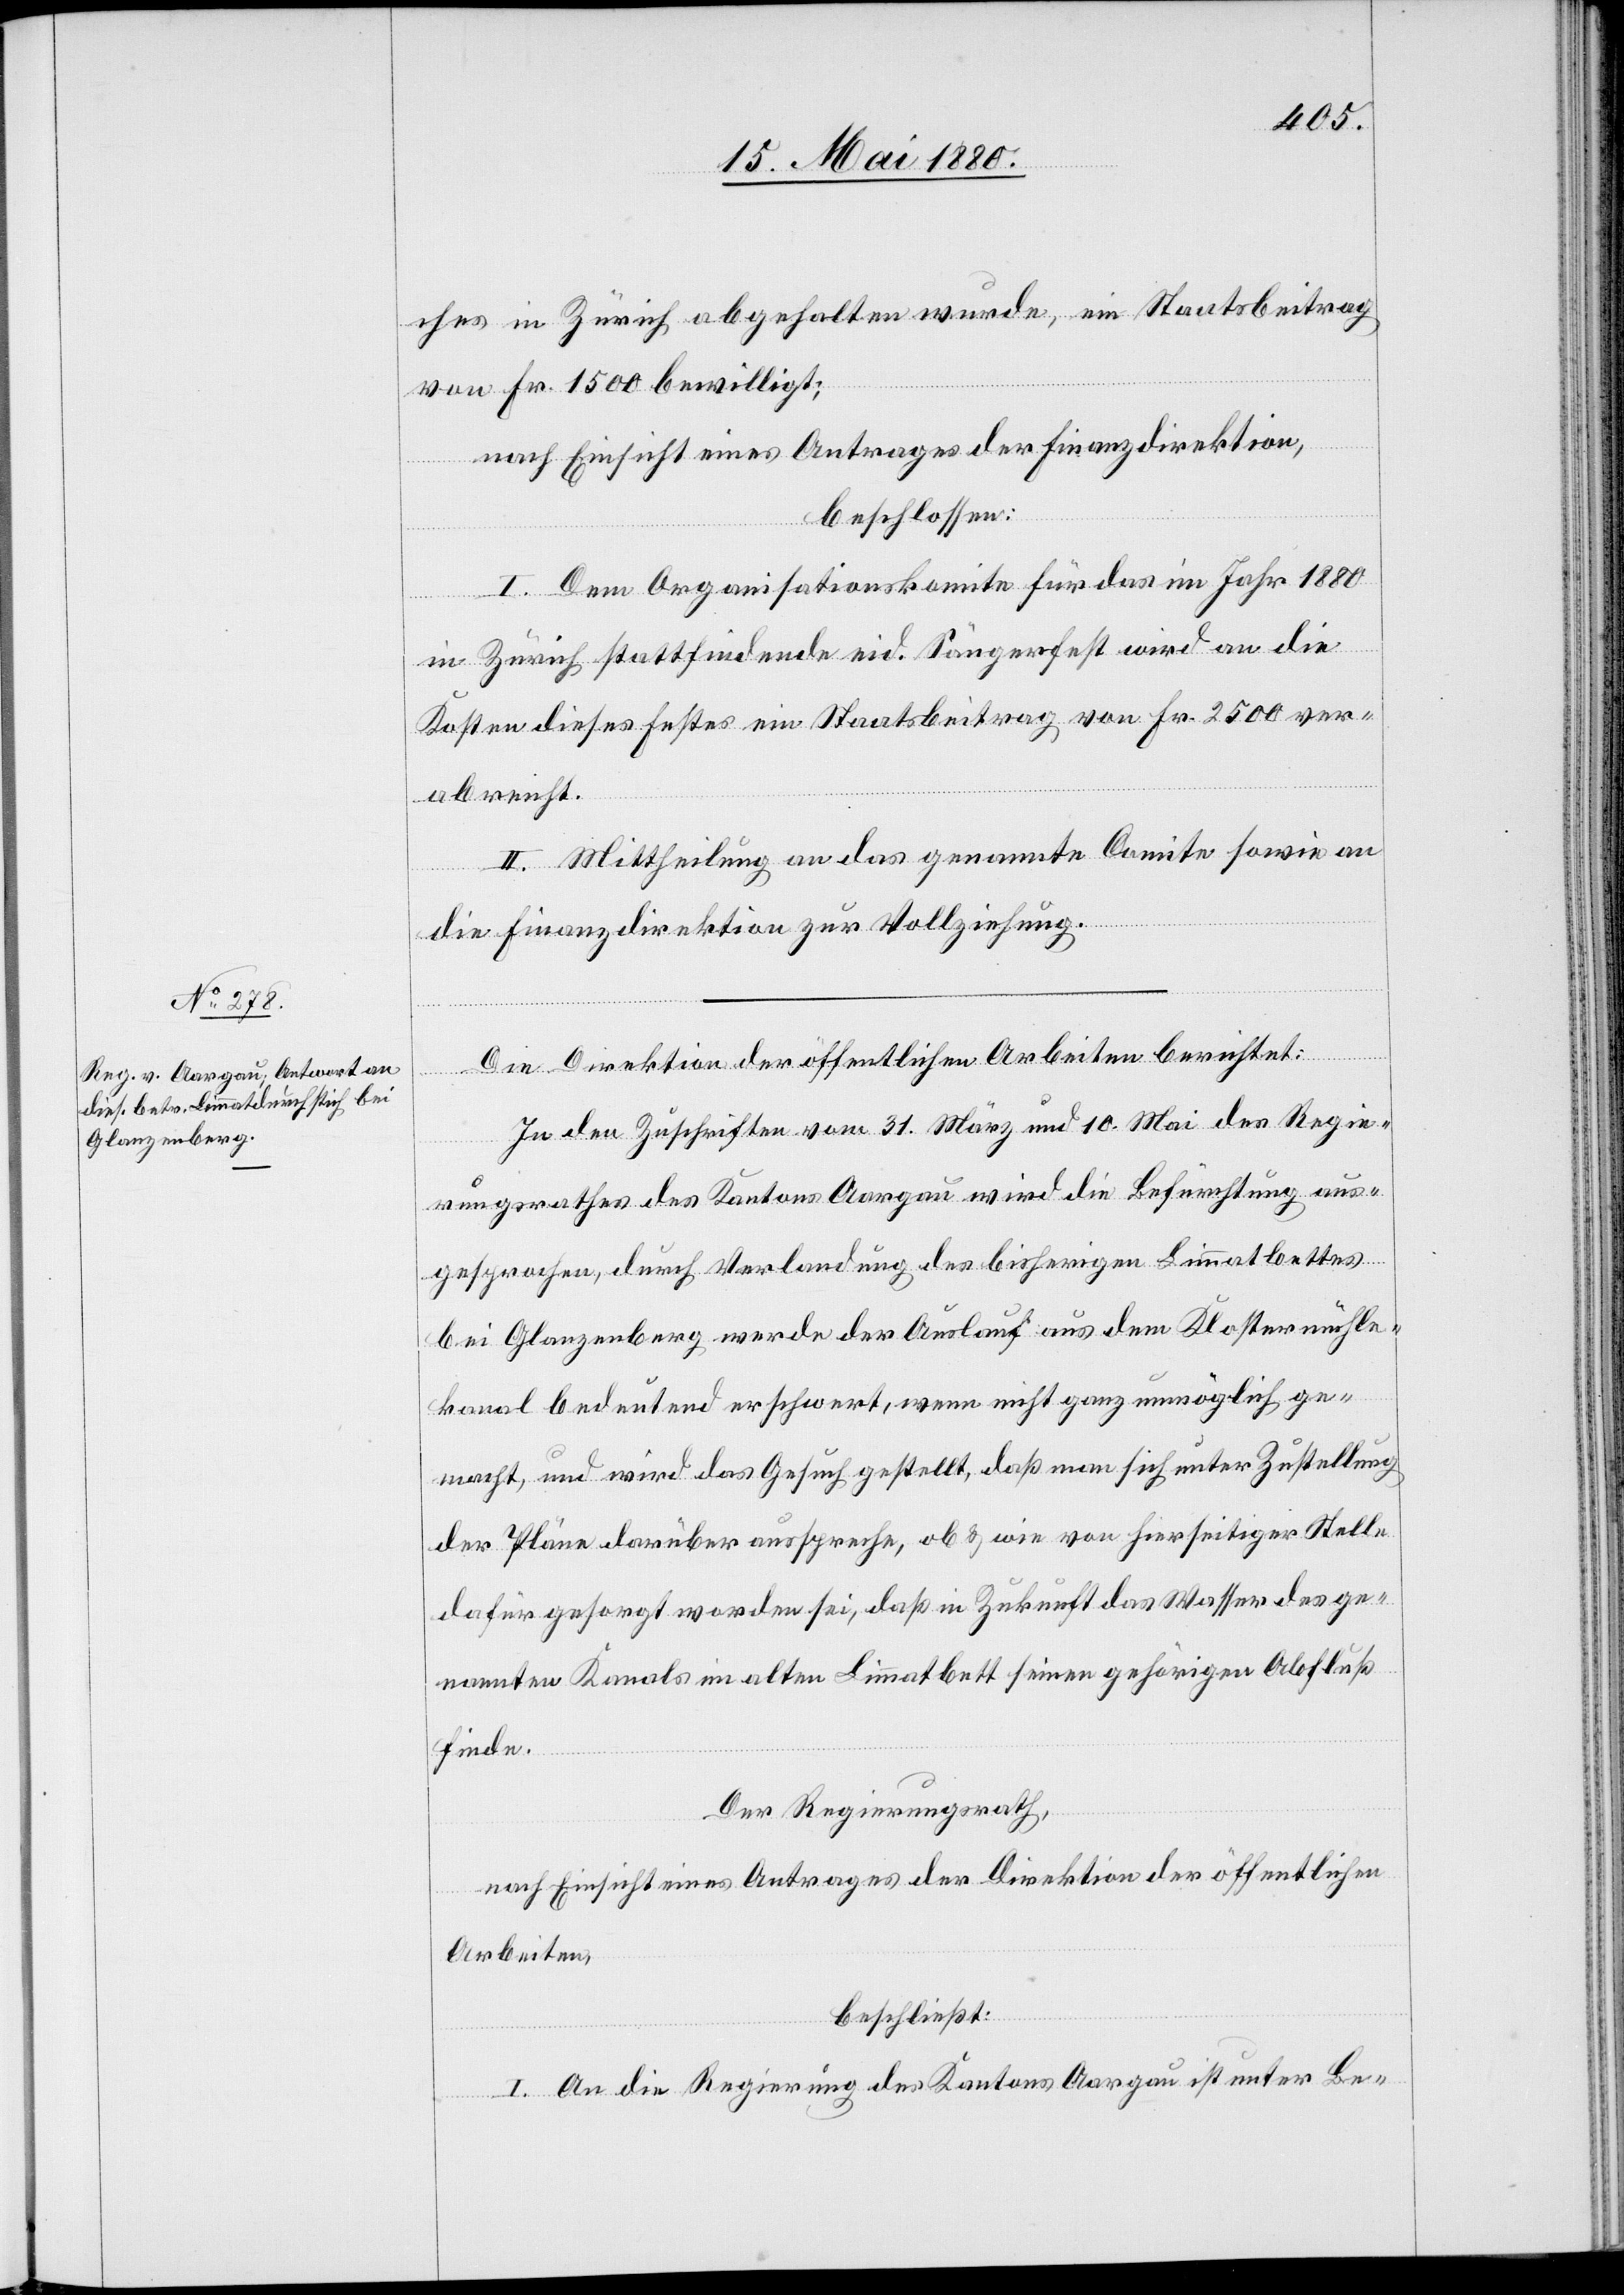
ches in Zürich abgehalten wurde, ein Staatsbeitrag
von Fr. 1500 bewilligt;
nach Einsicht eines Antrages der Finanzdirektion,
beschlossen:
I. Dem Organisationskomite für da im Jahr 1880
in Zürich stattfindende eid. Sängerfest wird an die
Kosten dieses Festes ein Staatsbeitrag von Fr. 2500 ver¬
abreicht.
II. Mittheilung an das genannte Comite sowie an
die Finanzdirektion zur Vollziehung.
Die Direktion der öffentlichen Arbeiten berichtet:
In den Zuschriften vom 31. März und 10. Mai des Regie¬
rungsrathes des Kantons Aargau wird die Befürchtung aus¬
gesprochen, durch Verlandung des bisherigen Limmatbettes
bei Glanzenberg werde der Auslauf aus dem Klostermühle¬
kanal bedeutend erschwert, wenn nicht ganz unmöglich ge¬
macht, und wird das Gesuch gestellt, daß man sich unter Zustellung
der Pläne darüber ausspreche, ob & wie von hierseitiger Stelle
dafür gesorgt worden sei, daß in Zukunft das Wasser des ge¬
nannten Kanals im alten Limmatbett seinen gehörigen Abfluß
finde.
Der Regierungsrath,
nach Einsicht eines Antrages der Direktion der öffentlichen
Arbeiten,
beschließt:
I. An die Regierung des Kantons Aargau ist unter Be-